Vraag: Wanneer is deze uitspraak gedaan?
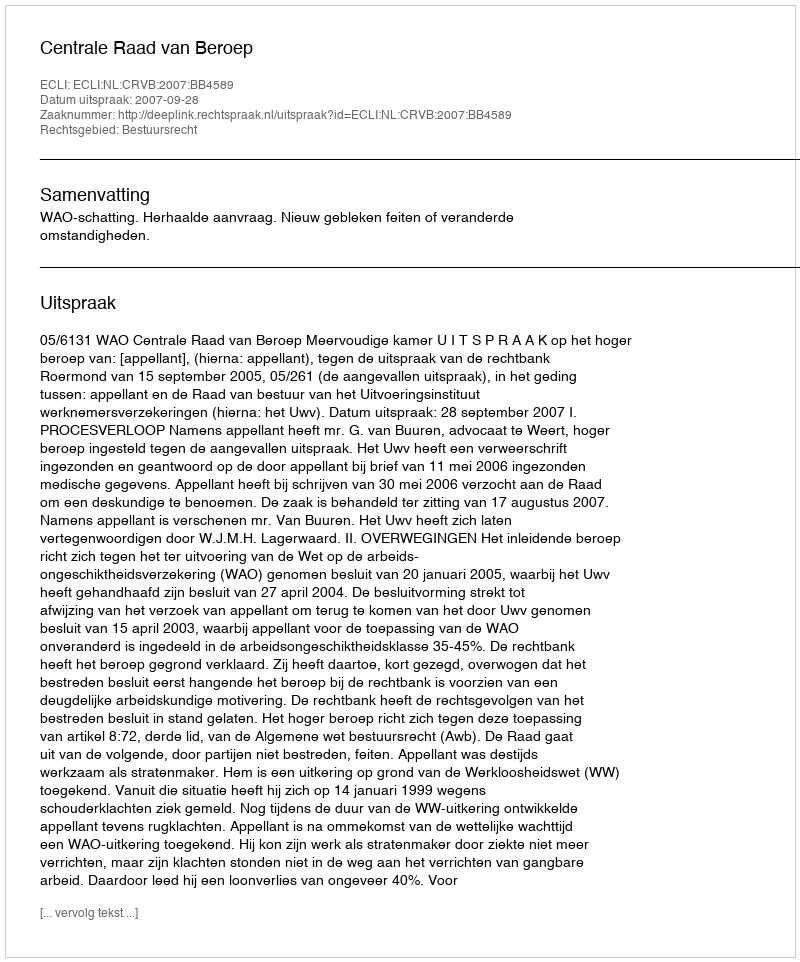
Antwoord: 2007-09-28